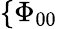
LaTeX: \{ \Phi_{00}